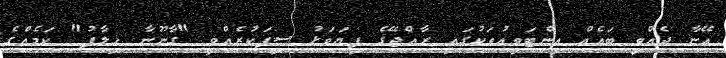
އޭނާ ދެއްވި ބައެއް އިންޓަވިއުތަކުގައި ރާއްޖޭގެ ފިޔަވަޅު ސިފަކުރެއްވީ "ގާނޫނާ ޚިލާފު" ކަމެއްގެ